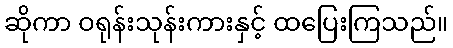
ဆိုကာ ဝရုန်းသုန်းကားနှင့် ထပြေးကြသည်။